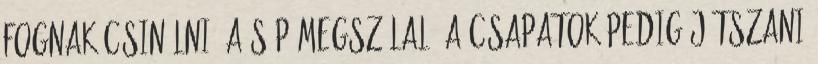
fognak csinálni. A síp megszólal, a csapatok pedig játszani